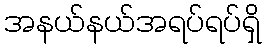
အနယ်နယ်အရပ်ရပ်ရှိ